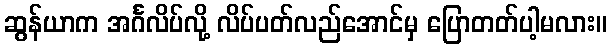
ဆွန်ယာက အင်္ဂလိပ်လို့ လိပ်ပတ်လည်အောင်မှ ပြောတတ်ပါ့မလား။